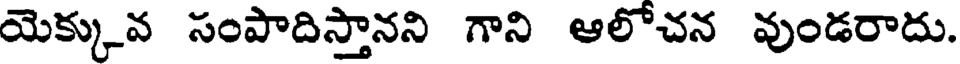
యెక్కువ సంపాదిస్తానని గాని ఆలోచన వుండరాదు.